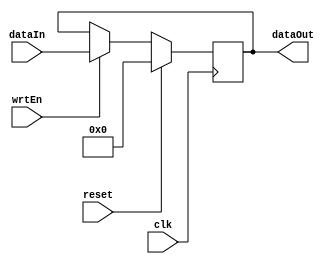
module WrtRegister(clk, reset, wrtEn, dataIn, dataOut);

//same as Register.v but we only want to 
//write to memory/regFile on the negedge

//actually we probs don't need this if
//always @ negedge is in regFile/dMem

	parameter BIT_WIDTH = 32;
	parameter RESET_VALUE = 0;
	
	input clk, reset, wrtEn;
	input[BIT_WIDTH - 1: 0] dataIn;
	output[BIT_WIDTH - 1: 0] dataOut;
	reg[BIT_WIDTH - 1: 0] dataOut;
	
	always @(negedge clk) begin
		if (reset == 1'b1)
			dataOut <= RESET_VALUE;
		else if (wrtEn == 1'b1)
			dataOut <= dataIn;
	end
	
endmodule